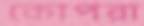
কোপরা